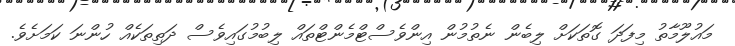
މައުލޫމާތު މިފަދަ ގޮތަކަށް ލިބެން ނެތުމުން އިންވެސްޓްމެންޓްތައް ލިބުމުގައިވެސް ދަތިތަކެއް ހުންނަ ކަމަށެވެ.